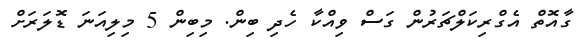
ގާއޮތް އެގްރިކަލްޗަރުން ގަސް ވިއްކާ ހެދި ބިން. މިބިން 5 މިލިއަނަ ޑޮލަރަށް